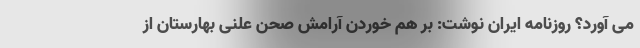
می آورد؟ روزنامه ایران نوشت: بر هم خوردن آرامش صحن علنی بهارستان از